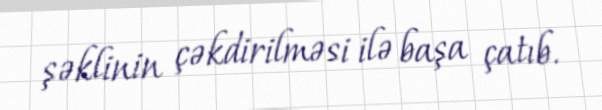
şəklinin çəkdirilməsi ilə başa çatıb.